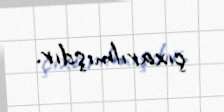
çıxarılmışdır.